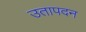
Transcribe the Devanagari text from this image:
उतापदन